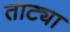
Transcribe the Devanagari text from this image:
ताट्या